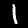
Label: 1